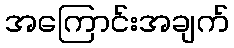
အကြောင်းအချက်